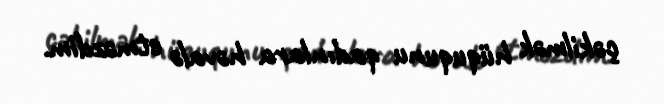
çəkilmək hüququnu qadınlara həvalə etməzdim.